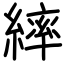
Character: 繂